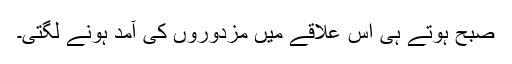
صبح ہوتے ہی اس علاقے میں مزدوروں کی آمد ہونے لگتی۔